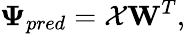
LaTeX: \mathbf{\Psi}_{pred}=\mathcal{X}\mathbf{W}^{T},